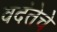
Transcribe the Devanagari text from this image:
वदंतेचे